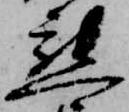
懇